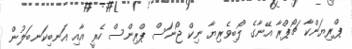
ޕްރިޔަންކާ ޗޯޕްރާ އޭނާގެ ލޯބިވެރިޔާ ނިކް ޖޯނަސް ޕްރިންސް ހެރީ އާއި އަނބިކަނބަލުން